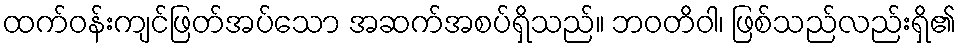
ထက်ဝန်းကျင်ဖြတ်အပ်သော အဆက်အစပ်ရှိသည်။ ဘဝတိဝါ၊ ဖြစ်သည်လည်းရှိ၏